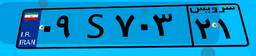
۰۹S۷۰۳۲۱